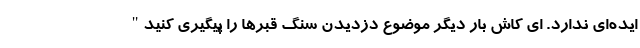
ایده‌ای ندارد. ای کاش بار دیگر موضوع دزدیدن سنگ قبرها را پیگیری کنید"